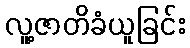
လူ့ဇာတိခံယူခြင်း